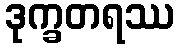
ဒုက္ခတရဿ